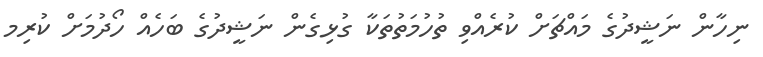
ނިހާން ނަޝީދުގެ މައްޗަށް ކުރެއްވި ތުހުމަތުތަކާ ގުޅިގެން ނަޝީދުގެ ބަހެއް ހޯދުމަށް ކުރިމ